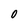
Character: 0